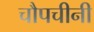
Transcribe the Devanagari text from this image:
चौपचीनी